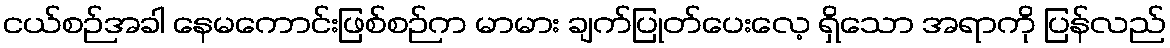
ငယ်စဉ်အခါ နေမကောင်းဖြစ်စဉ်က မာမား ချက်ပြုတ်ပေးလေ့ ရှိသော အရာကို ပြန်လည်